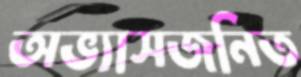
অভ্যাসজনিত